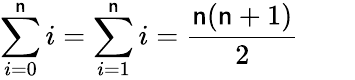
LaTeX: \sum_{i=0}^{\mathsf{n}}i=\sum_{i=1}^{\mathsf{n}}i={\frac{{\mathsf{n}(\mathsf{n}+1)}}{{2}}}\qquad